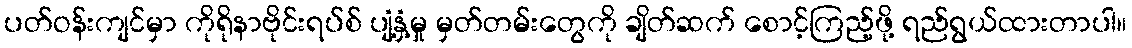
ပတ်ဝန်းကျင်မှာ ကိုရိုနာဗိုင်းရပ်စ် ပျံ့နှံ့မှု မှတ်တမ်းတွေကို ချိတ်ဆက် စောင့်ကြည့်ဖို့ ရည်ရွယ်ထားတာပါ။